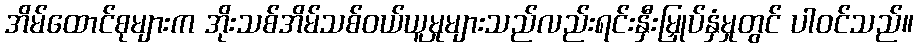
အိမ်ထောင်စုများက အိုးသစ်အိမ်သစ်ဝယ်ယူမှုများသည်လည်းရင်းနှီးမြှုပ်နှံမှုတွင် ပါဝင်သည်။